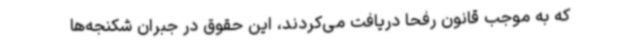
که به موجب قانون رفحا دریافت می‌کردند، این حقوق در جبران شکنجه‌ها